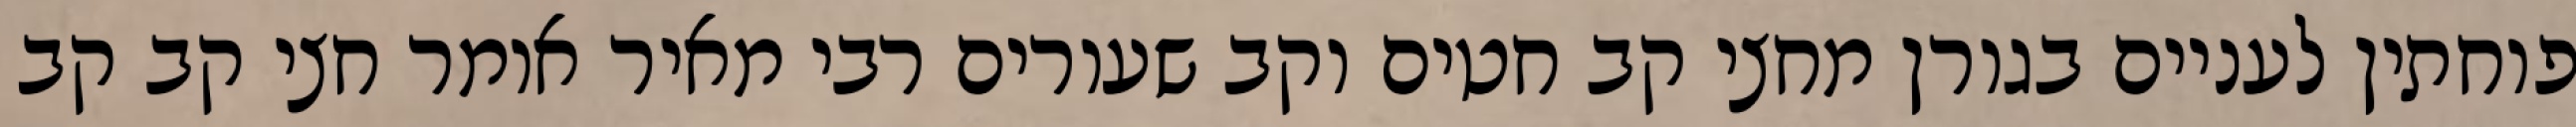
פוחתין לעניים בגורן מחצי קב חטים וקב שעורים רבי מאיר אומר חצי קב קב